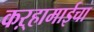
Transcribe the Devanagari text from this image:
कऱ्हामाईचा